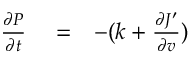
\begin{array} { r l r } { { \frac { \partial P } { \partial t } } } & { { } = } & { - ( k + { \frac { \partial J ^ { \prime } } { \partial v } } ) } \end{array}